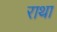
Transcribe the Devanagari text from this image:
राथा